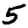
Digit: 5